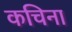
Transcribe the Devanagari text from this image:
कचिना